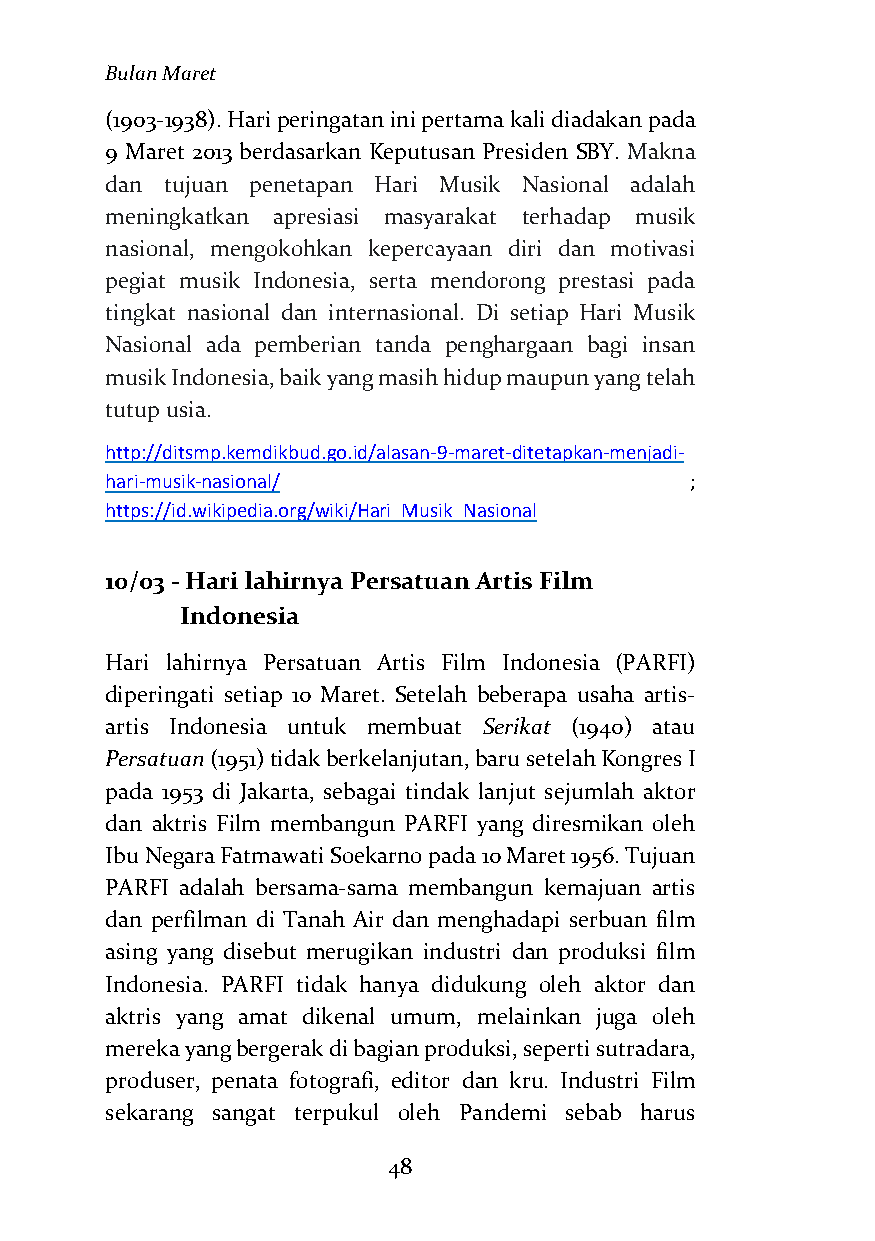
Bulan Maret
 (1903-1938). Hari peringatan ini pertama kali diadakan pada
 9 Maret 2013 berdasarkan Keputusan Presiden SBY. Makna
 dan tujuan penetapan Hari Musik Nasional adalah
 meningkatkan apresiasi masyarakat terhadap musik
 nasional, mengokohkan kepercayaan diri dan motivasi
 pegiat musik Indonesia, serta mendorong prestasi pada
 tingkat nasional dan internasional. Di setiap Hari Musik
 Nasional ada pemberian tanda penghargaan bagi insan
 musik Indonesia, baik yang masih hidup maupun yang telah
 tutup usia.
 http://ditsmp.kemdikbud.go.id/alasan-9-maret-ditetapkan-menjadi-
 hari-musik-nasional/                   ;
 https://id.wikipedia.org/wiki/Hari_Musik_Nasional
 10/03 - Hari lahirnya Persatuan Artis Film
 Indonesia
 Hari lahirnya Persatuan Artis Film Indonesia (PARFI)
 diperingati setiap 10 Maret. Setelah beberapa usaha artis-
 artis Indonesia untuk membuat Serikat (1940) atau
 Persatuan (1951) tidak berkelanjutan, baru setelah Kongres I
 pada 1953 di Jakarta, sebagai tindak lanjut sejumlah aktor
 dan aktris Film membangun PARFI yang diresmikan oleh
 Ibu Negara Fatmawati Soekarno pada 10 Maret 1956. Tujuan
 PARFI adalah bersama-sama membangun kemajuan artis
 dan perfilman di Tanah Air dan menghadapi serbuan film
 asing yang disebut merugikan industri dan produksi film
 Indonesia. PARFI tidak hanya didukung oleh aktor dan
 aktris yang amat dikenal umum, melainkan juga oleh
 mereka yang bergerak di bagian produksi, seperti sutradara,
 produser, penata fotografi, editor dan kru. Industri Film
 sekarang sangat terpukul oleh Pandemi sebab harus
 48